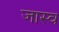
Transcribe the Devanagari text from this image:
जास्व